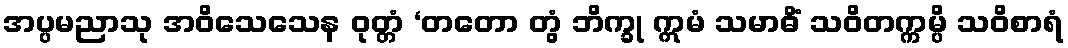
အပ္ပမညာသု အဝိသေသေန ဝုတ္တံ ‘တတော တွံ ဘိက္ခု ဣမံ သမာဓိံ သဝိတက္ကမ္ပိ သဝိစာရံ